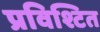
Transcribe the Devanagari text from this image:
प्रविश्टित